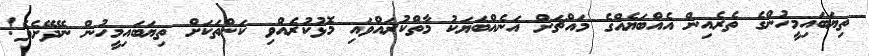
ތިޔަބައިމީހުންގެ ތެރެއިން އެއްބަޔެއްގެ މައްޗަށް އަނެއްބަޔަކު މާތްކުރައްވައި މޮޅުކުރެއްވި ކަންތަކަށް ތިޔަބައިމީހުން ނޭދޭށެވެ!